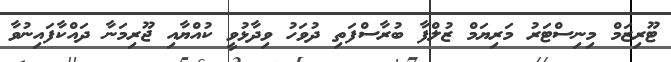
ޓޫރިޒަމް މިނިސްޓަރު މަރިޔަމް ޒުލްފާ ބުރާސްފަތި ދުވަހު ވިދާޅުވީ ކުއްޔާއި ޖޫރިމަނާ ދައްކާފައިނުވާ